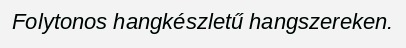
Folytonos hangkészletű hangszereken.